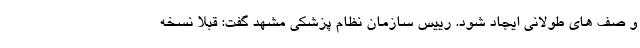
و صف های طولانی ایجاد شود. رییس سازمان نظام پزشکی مشهد گفت: قبلا نسخه